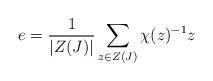
LaTeX: \begin{gather*}e = \frac1{|Z(J)|}\sum_{z \in Z(J)} \chi(z)^{-1} z\end{gather*}